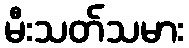
မီးသတ်သမား